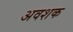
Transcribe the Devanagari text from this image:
अवशक